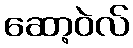
ဆော့ဝဲလ်